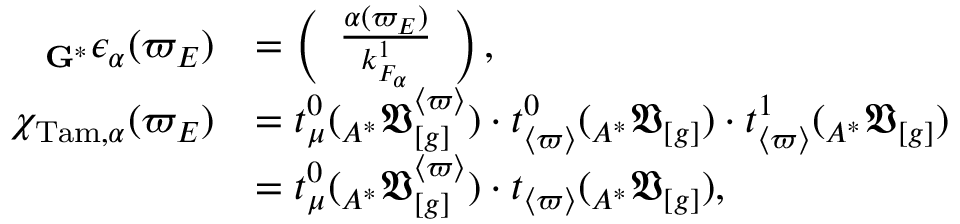
\begin{array} { r l } { _ { \mathbf { G } ^ { \ast } } \epsilon _ { \alpha } ( \varpi _ { E } ) } & { = \left( \begin{array} { l } { \frac { \alpha ( \varpi _ { E } ) } { k _ { F _ { \alpha } } ^ { 1 } } } \end{array} \right) , } \\ { \chi _ { \mathrm { T a m } , \alpha } ( \varpi _ { E } ) } & { = t _ { \boldsymbol { \mu } } ^ { 0 } ( _ { A ^ { \ast } } \mathfrak { V } _ { [ g ] } ^ { \langle \varpi \rangle } ) \cdot t _ { \langle \varpi \rangle } ^ { 0 } ( _ { A ^ { \ast } } \mathfrak { V } _ { [ g ] } ) \cdot t _ { \langle \varpi \rangle } ^ { 1 } ( _ { A ^ { \ast } } \mathfrak { V } _ { [ g ] } ) } \\ & { = t _ { \boldsymbol { \mu } } ^ { 0 } ( _ { A ^ { \ast } } \mathfrak { V } _ { [ g ] } ^ { \langle \varpi \rangle } ) \cdot t _ { \langle \varpi \rangle } ( _ { A ^ { \ast } } \mathfrak { V } _ { [ g ] } ) , } \end{array}